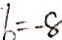
b = - 8